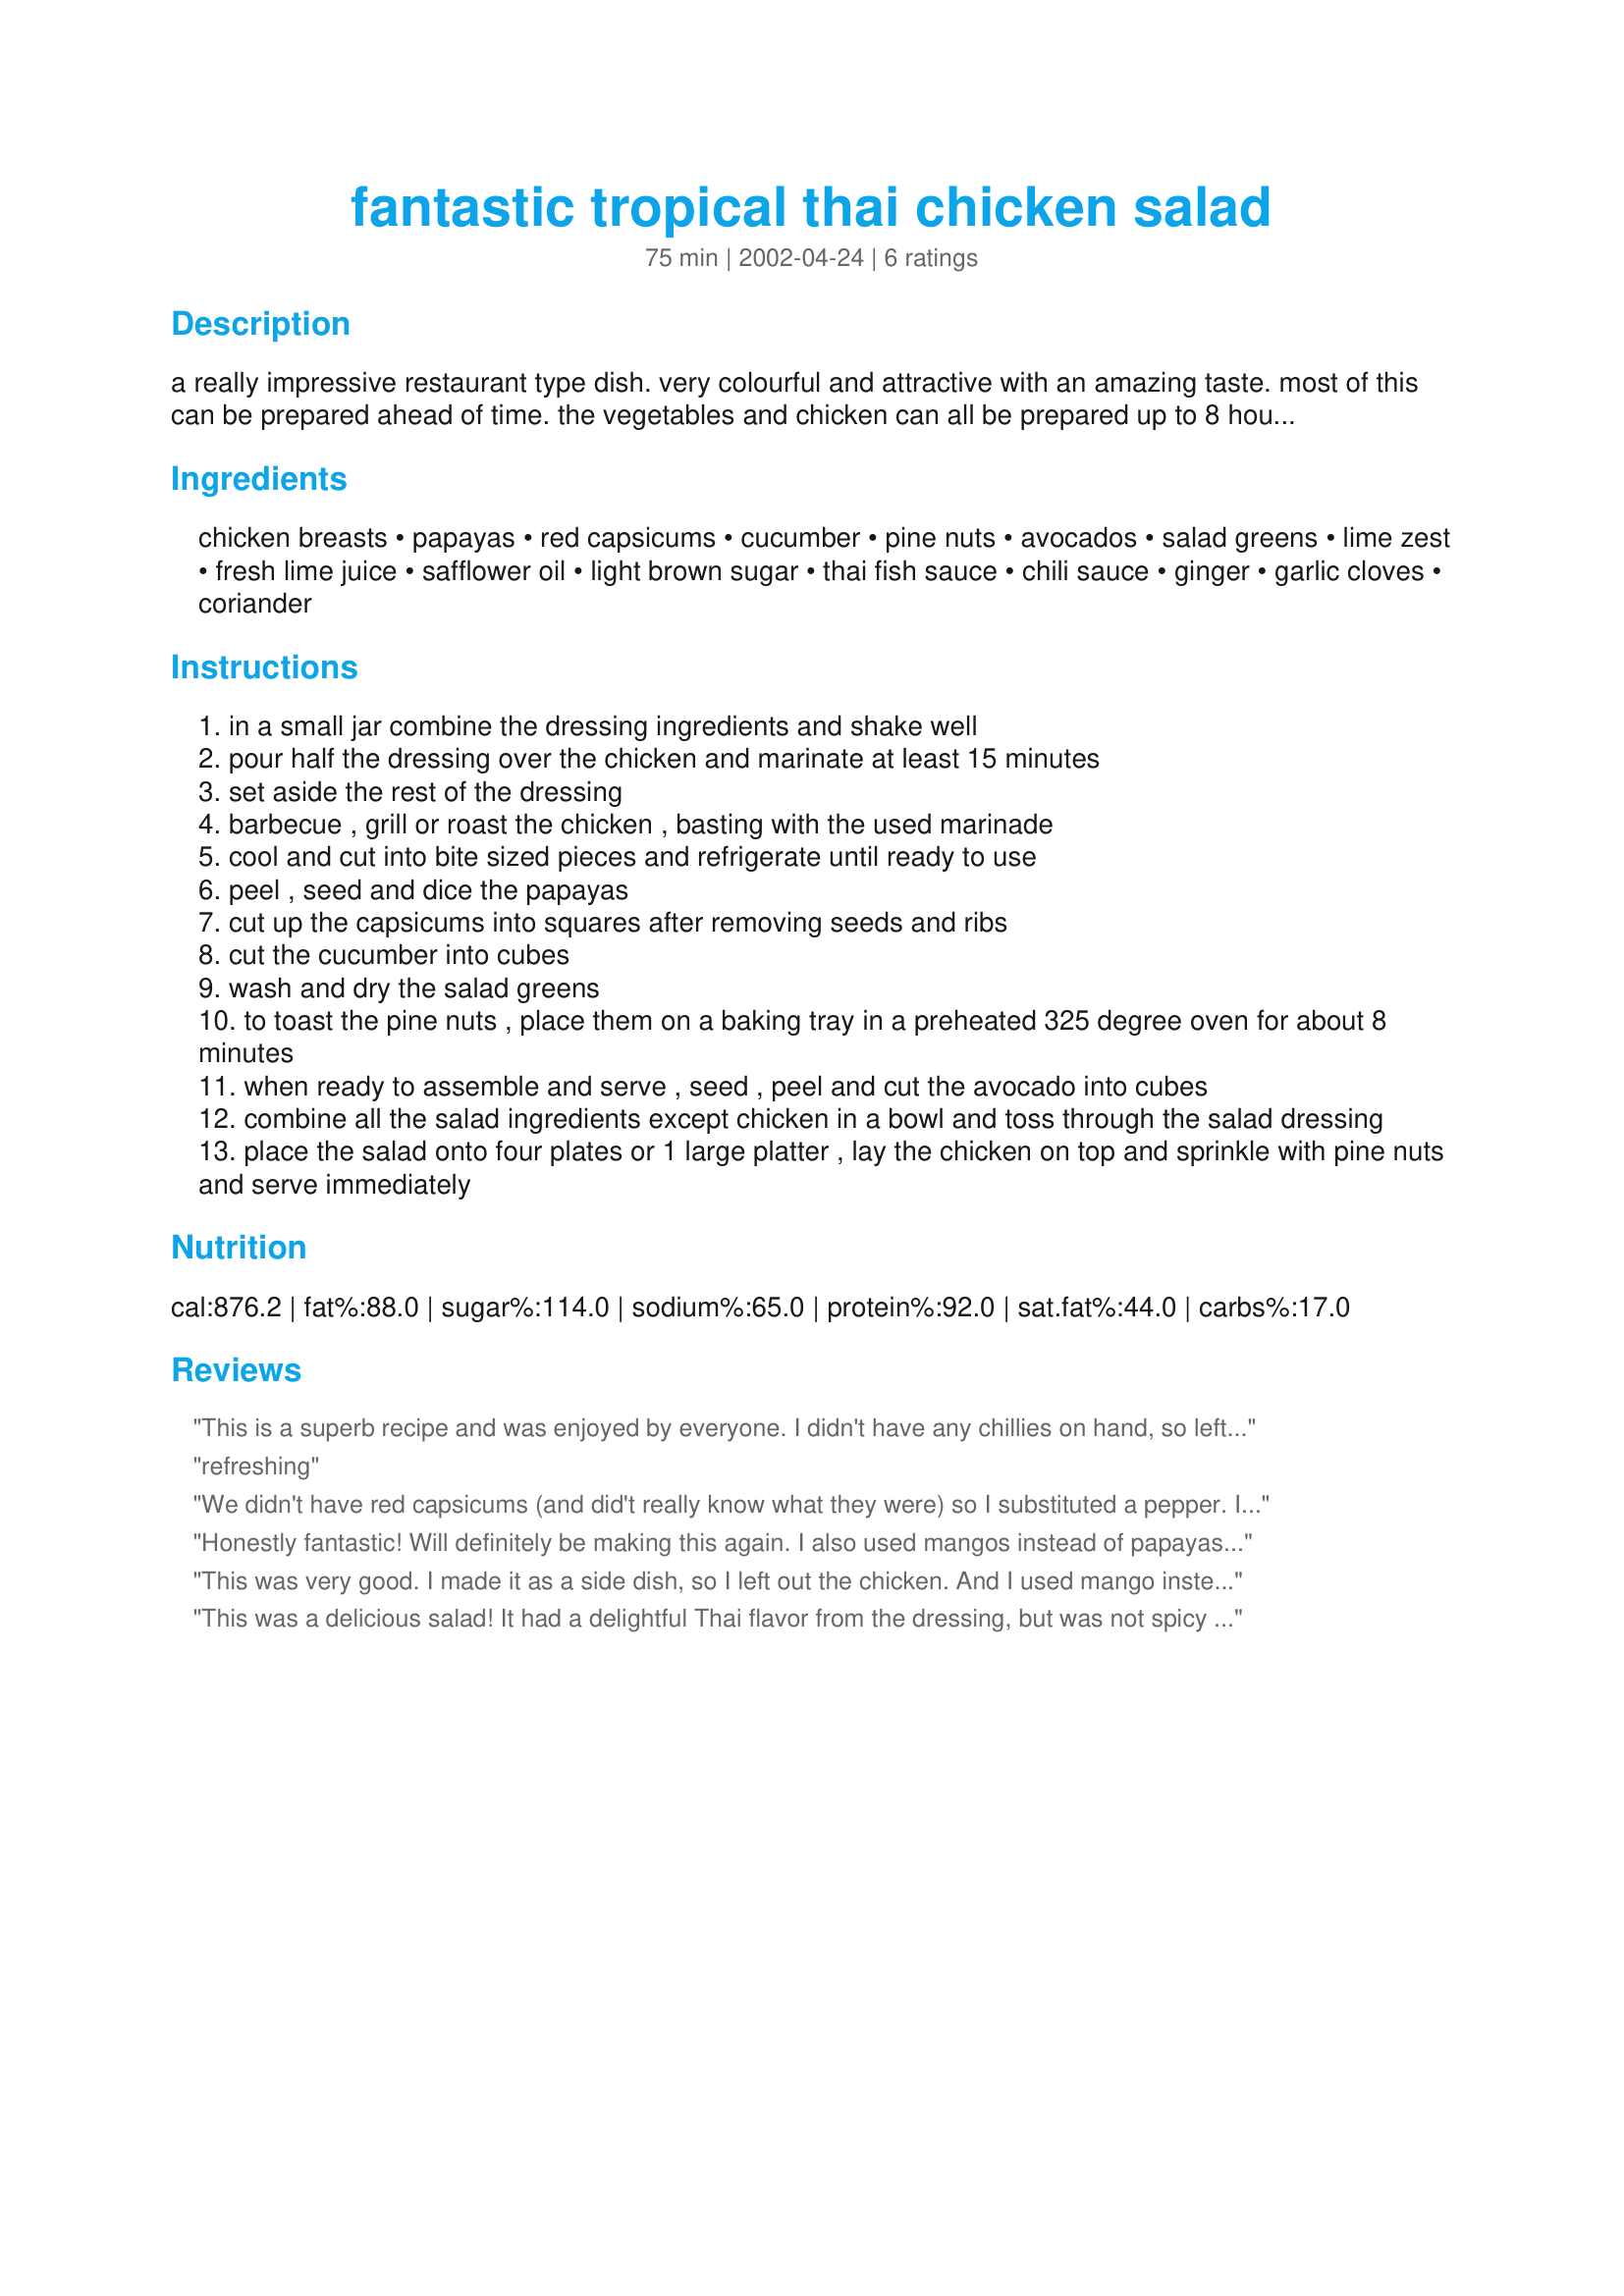
fantastic tropical thai chicken salad
Preparation time: 75 minutes

a really impressive restaurant type dish. very colourful and attractive with an amazing taste. most of this can be prepared ahead of time. the vegetables and chicken can all be prepared up to 8 hours ahead of serving and refrigerated. just before serving cut up the avocado, toss the vegetables with the dressing and assemble the dish. prep time does not include marinating time.

Ingredients:
chicken breasts, papayas, red capsicums, cucumber, pine nuts, avocados, salad greens, lime zest, fresh lime juice, safflower oil, light brown sugar, thai fish sauce, chili sauce, ginger, garlic cloves, coriander

Steps:
in a small jar combine the dressing ingredients and shake well
pour half the dressing over the chicken and marinate at least 15 minutes
set aside the rest of the dressing
barbecue , grill or roast the chicken , basting with the used marinade
cool and cut into bite sized pieces and refrigerate until ready to use
peel , seed and dice the papayas
cut up the capsicums into squares after removing seeds and ribs
cut the cucumber into cubes
wash and dry the salad greens
to toast the pine nuts , place them on a baking tray in a preheated 325 degree oven for about 8 minutes
when ready to assemble and serve , seed , peel and cut the avocado into cubes
combine all the salad ingredients except chicken in a bowl and toss through the salad dressing
place the salad onto four plates or 1 large platter , lay the chicken on top and sprinkle with pine nuts and serve immediately

Reviews:
This is a superb recipe and was enjoyed by everyone. I didn't have any chillies on hand, so left them out - but it was still fantastic. I will definately be making this again!
refreshing
We didn't have red capsicums (and did't really know what they were) so I substituted a pepper. I only used one papaya, one avocado and used a whole cucumber and I'm glad I did. I think two papayas would have been a bit much.
Honestly fantastic! Will definitely be making this again. I also used mangos instead of papayas and I used leftover chicken (poured over half the marinade and heated a little).
This was very good. I made it as a side dish, so I left out the chicken. And I used mango instead of papaya, almonds instead of pine nuts, and my store didn't have any ripe avacado's, but that would have been a nice addition. I'll definately make this again.
This was a delicious salad! It had a delightful Thai flavor from the dressing, but was not spicy when mixed into the salad. However, a few fresh Thai chiles served with solved that! The dressing did have a nice sour taste (important to Thai cooking) that complemented the sweetness of the fruit. The pine nuts were very flavorful and added a nice touch, too. There were lots of toppings, and if one added some more salad mix, this would easily serve a couple more people. Very good! Thanks for a wonderful recipe!
